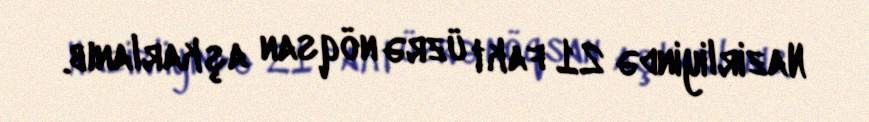
Nazirliyində 21 fakt üzrə nöqsan aşkarlanıb.